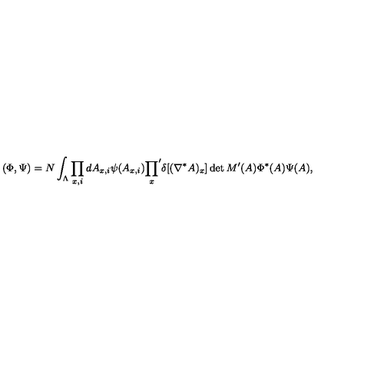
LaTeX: ( \Phi , \Psi ) = N \int _ { \Lambda } \prod _ { x , i } d A _ { x , i } \psi ( A _ { x , i } ) { \prod _ { x } } ^ { \prime } \delta [ ( \nabla ^ { * } A ) _ { x } ] \det M ^ { \prime } ( A ) \Phi ^ { * } ( A ) \Psi ( A ) ,